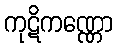
ကုဋိကဏ္ဏော